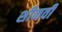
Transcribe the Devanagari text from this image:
शीनवी